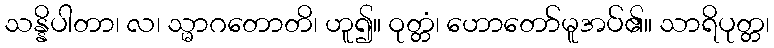
သန္နိပါတာ၊ လ၊ သ္မာဂတောတိ၊ ဟူ၍။ ဝုတ္တံ၊ ဟောတော်မူအပ်၏။ သာရိပုတ္တ၊